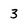
Character: 3